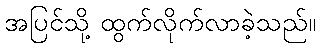
အပြင်သို့ ထွက်လိုက်လာခဲ့သည်။